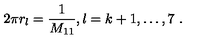
2 \pi r _ { l } = \frac { 1 } { M _ { 1 1 } } , l = k + 1 , \ldots , 7 \ .